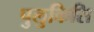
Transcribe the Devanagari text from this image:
पुलुकिसि